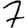
Digit: 7